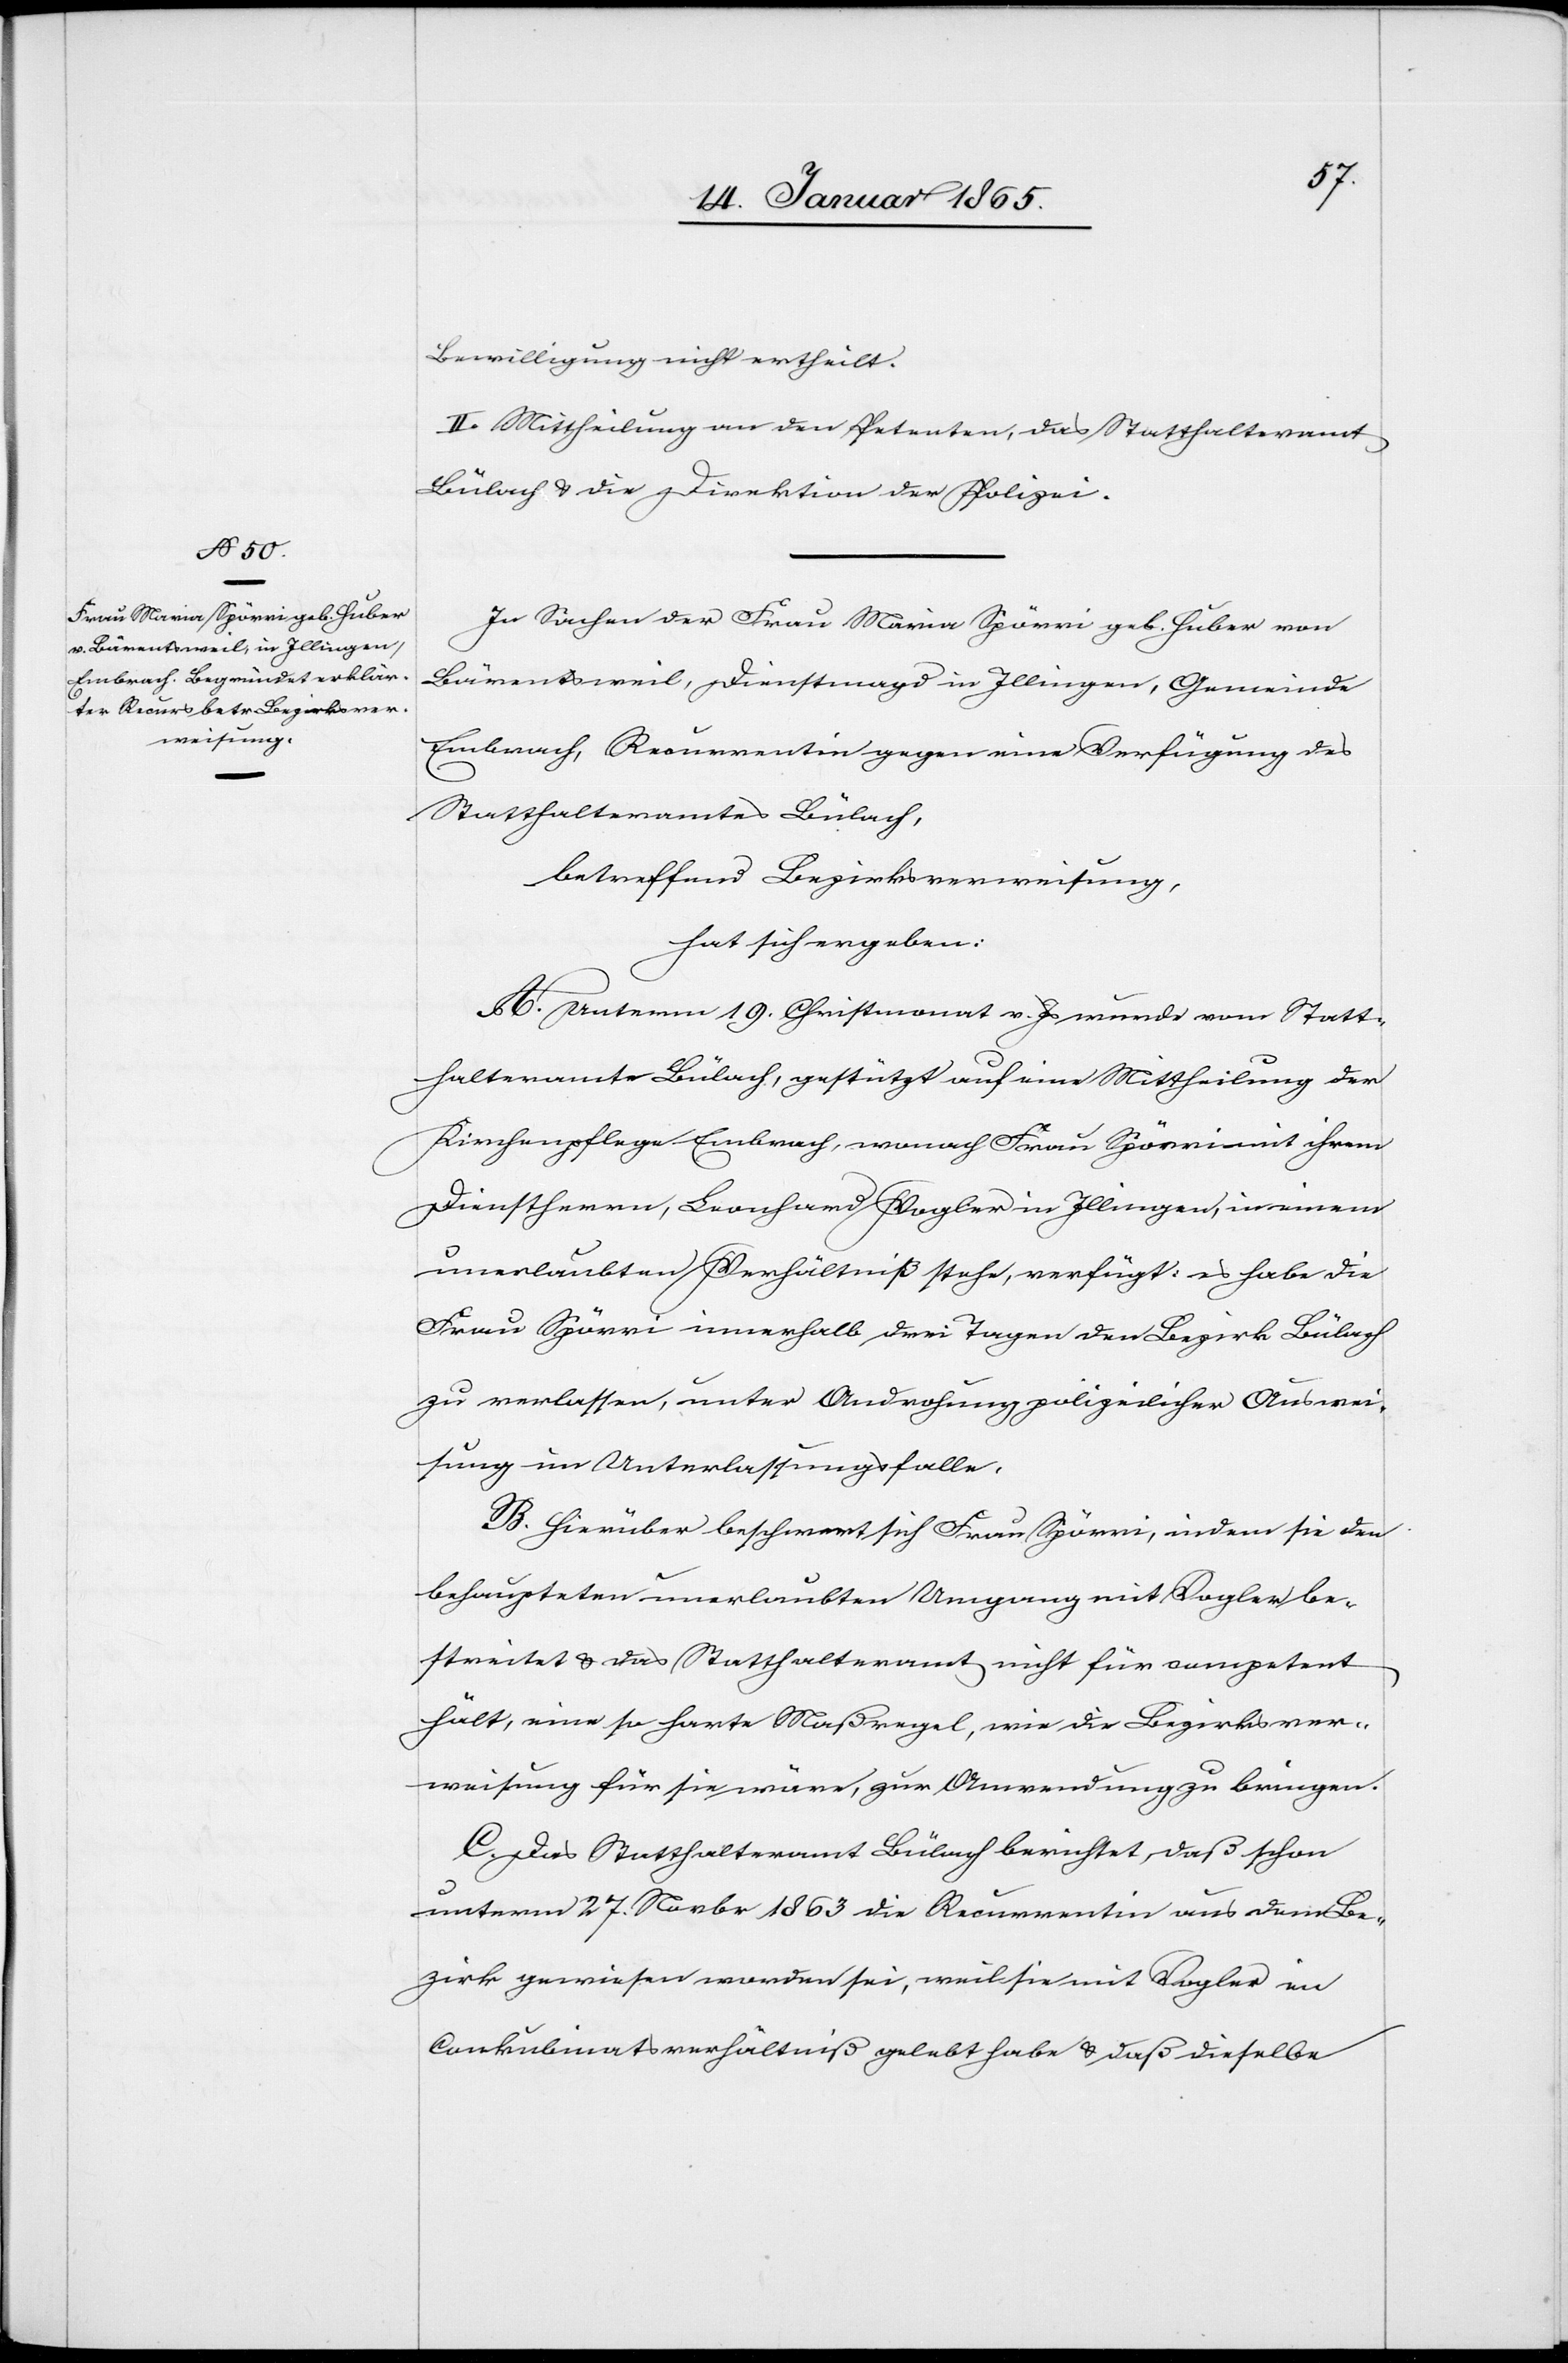
Bewilligung nicht ertheilt.
Mittheilung an den Petenten, das Statthalteramt
Bülach u. die Direktion der Polizei.
In Sachen der Frau Maria Spörri geb. Huber von
Bärentsweil, Dienstmagd in Illingen, Gemeinde
Embrach, Recurrentin gegen eine Verfügung des
Statthalteramtes Bülach,
betreffend Bezirksverweisung,
hat sich ergeben:
A. Unterm 19. Christmonat v. Js wurde vom Statt¬
halteramte Bülach, gestützt auf eine Mittheilung der
Kirchenpflege Embrach, wonach Frau Spörri mit ihrem
Dienstherrn, Leonhard Vogler in Illingen, in einem
unerlaubten Verhältniß stehe, verfügt: es habe die
Frau Spörri innerhalb drei Tagen den Bezirk Bülach
zu verlassen, unter Androhung polizeilicher Auswei¬
sung im Unterlassungsfalle.
B. Hierüber beschwert sich Frau Spörri, indem sie den
behaupteten unerlaubten Umgang mit Vogler be¬
streitet u. das Statthalteramt nicht für competent
hält, eine so harte Maßregel, wie die Bezirksver¬
weisung für sie wäre, zur Anwendung zu bringen.
C. Das Statthalteramt Bülach berichtet, daß schon
unterm 27. Novbr 1863 die Recurrentin aus dem Be¬
zirk gewiesen worden sei, weil sie mit Vogler im
Conkubinatsverhältniß gelebt habe u. daß dieselbe